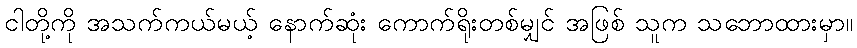
ငါတို့ကို အသက်ကယ်မယ့် နောက်ဆုံး ကောက်ရိုးတစ်မျှင် အဖြစ် သူက သဘောထားမှာ။